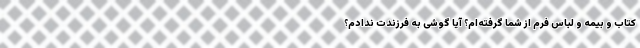
کتاب و بیمه و لباس فرم از شما گرفته‌ام؟ آیا گوشی به فرزندت ندادم؟